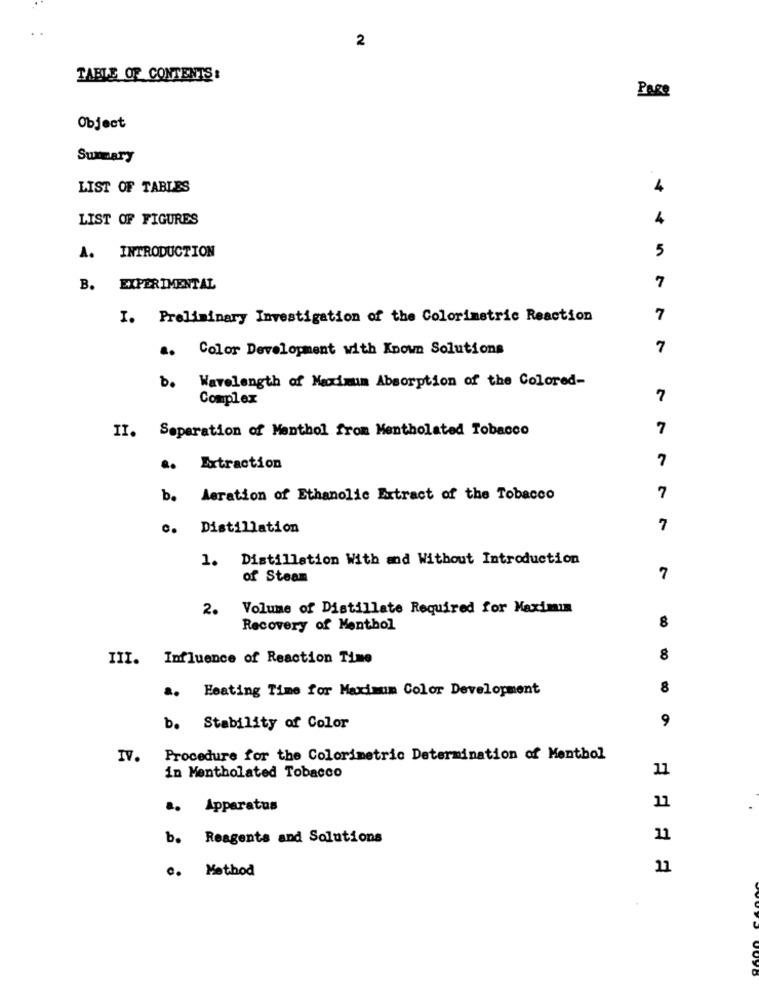
2
TABLE OF CONTENTS:
Page
Object
Summary
LIST OF TABLES
4
LIST OF FIGURES
4
A. INTRODUCTION
5
B. EXPERIMENTAL
7
I. Preliminary Investigation of the Colorimetric Reaction
7
a.
Color Development with Known Solutions
7
b. Wavelength of Maximum Absorption of the Colored-
Complex
7
II. Separation of Menthol from Mentholated Tobacco
7
7
Extraction
b. Aeration of Ethanolic Extract of the Tobacco
7
c. Distillation
7
1. Distillation With and Without Introduction
of Steam
7
2.
Volume of Distillate Required for Maximin
8
Recovery of Menthol
III. Influence of Reaction Time
8
a. Heating Time for Maximum Color Development
8
9
b. Stability of Color
IV. Procedure for the Colorimetric Determination of Menthol
11
in Mentholated Tobacco
a. Apparatus
11
b. Reagents and Solutions
11
c. Method
11